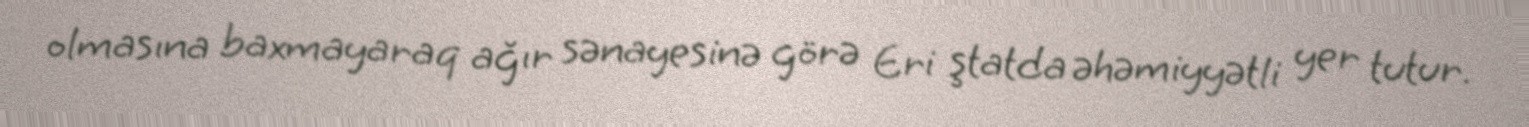
olmasına baxmayaraq ağır sənayesinə görə Eri ştatda əhəmiyyətli yer tutur.